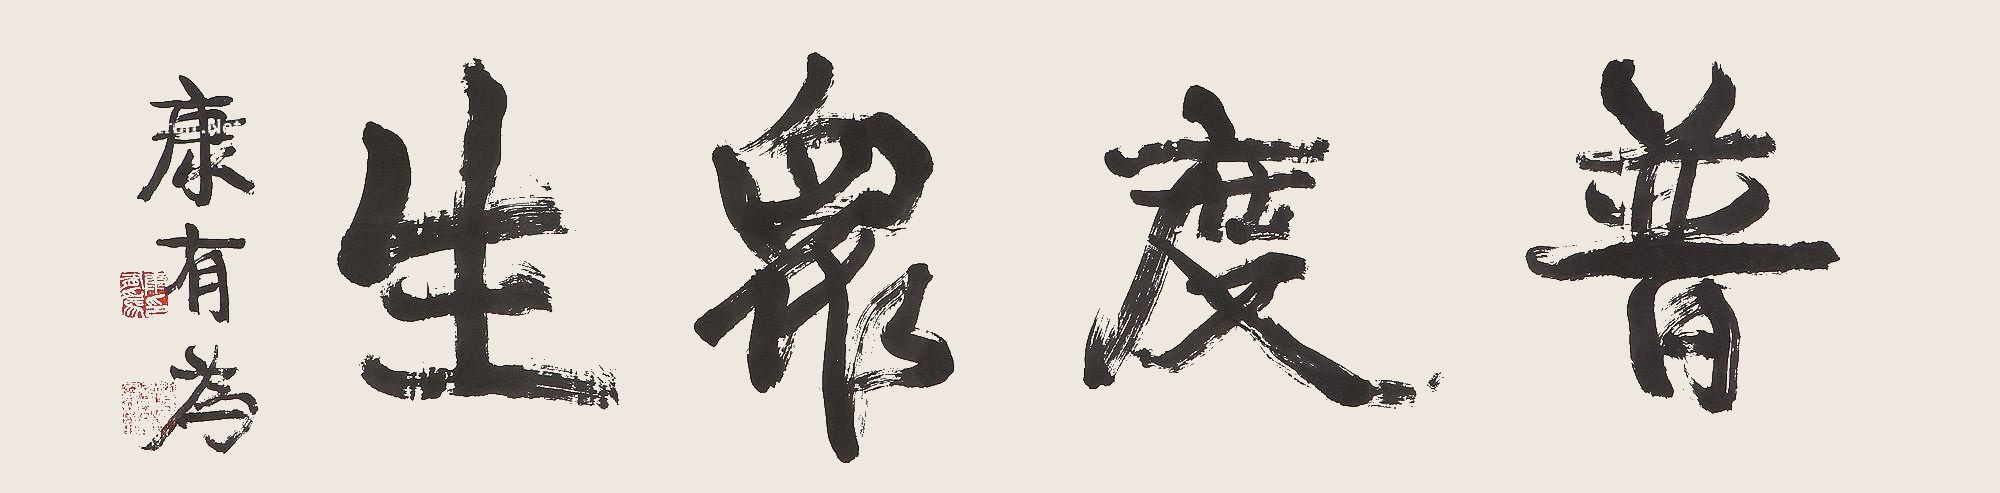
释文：普度众生。康有为。